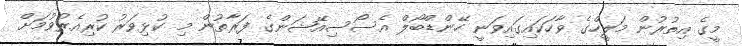
މީގެ އިތުރުން މަލީހްގެ ވާހަކައިގައިވަނީ ހޭންޑްބޯލް އެސޯސިއޭޝަންގެ ފަރާތުން މި ކުޅިވަރު ކުރިއެރުވުމަށް